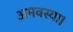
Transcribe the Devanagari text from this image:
अमवस्या।